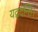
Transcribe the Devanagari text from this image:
यद्वदन्ति।